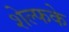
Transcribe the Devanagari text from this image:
शेल्फके